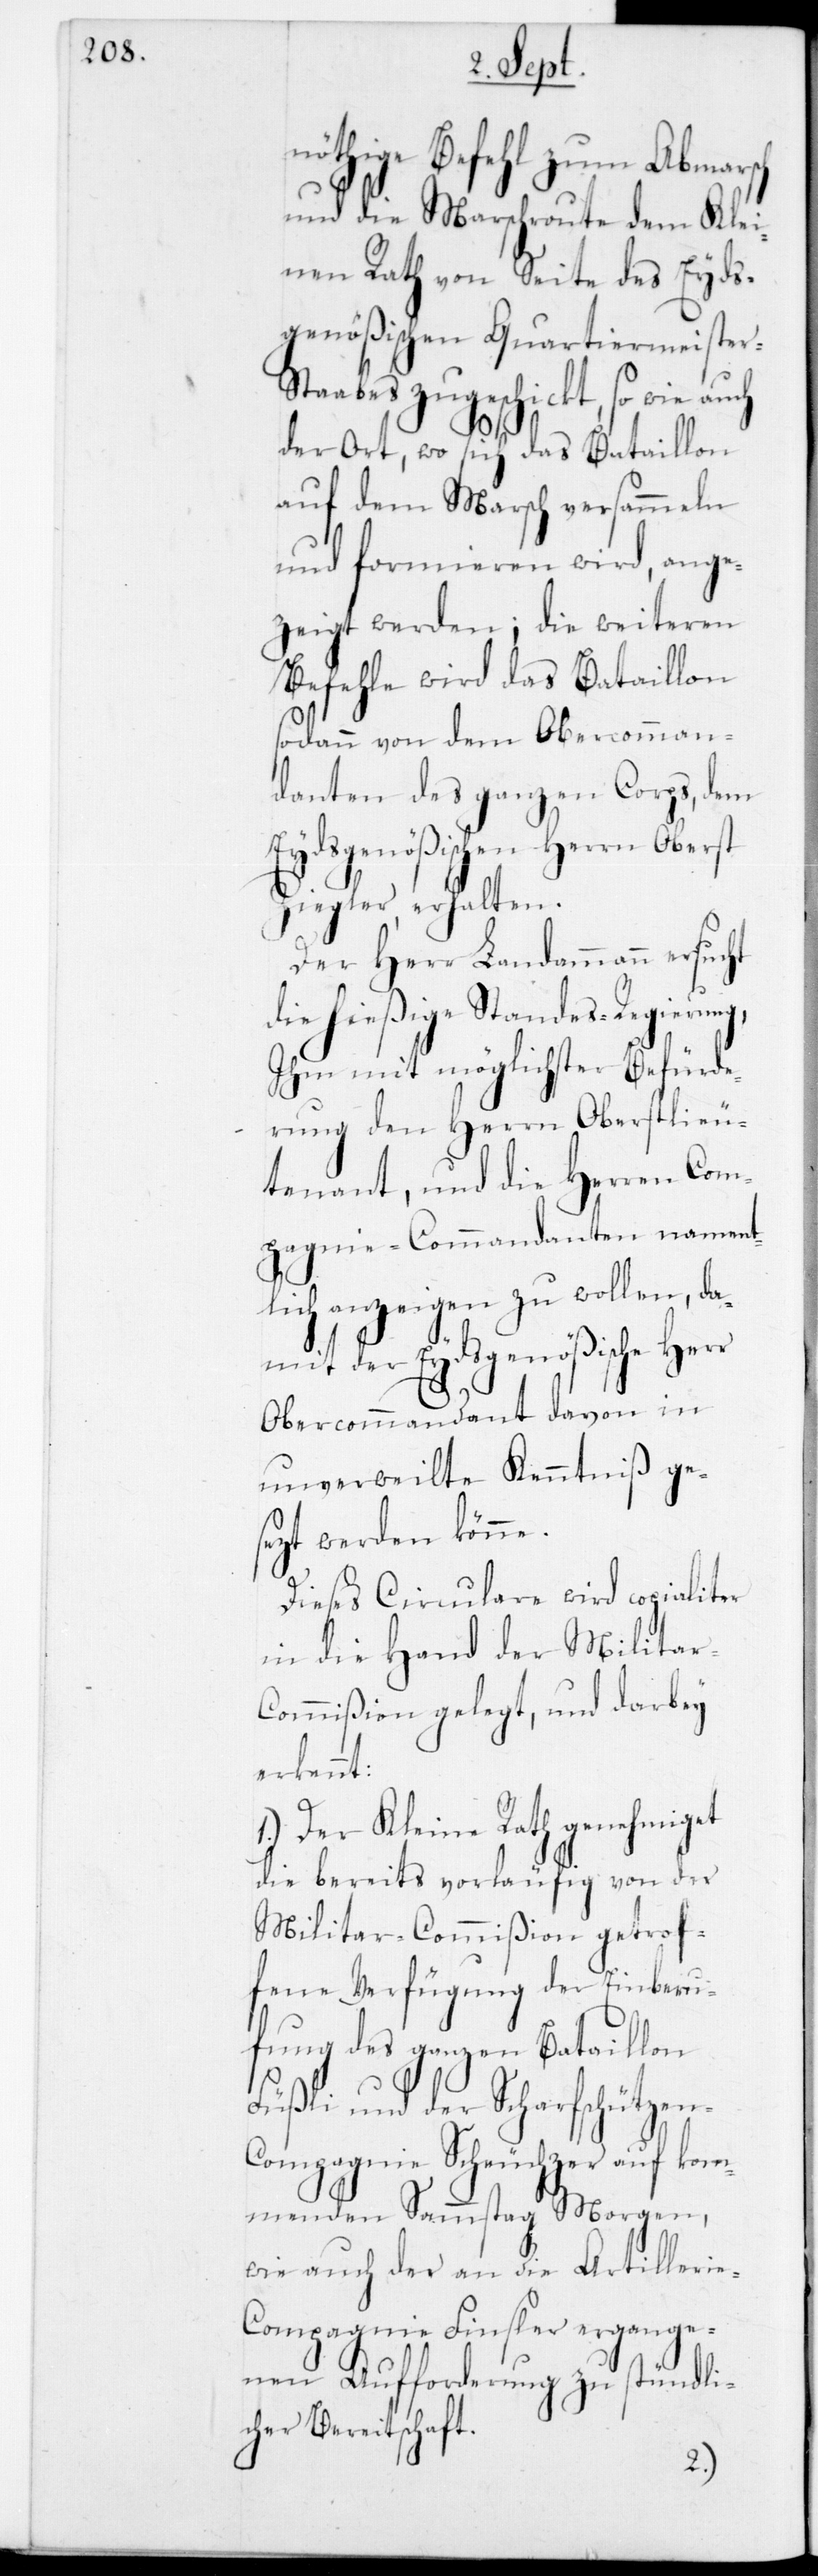
r-Sta¬
nöthige Befehl zum Abmarsch
und die Marschroute dem Klei¬
nen Rath von Seite des Eyds¬
genößischen Quartiermeiste¬
abes zugeschickt, so wie
der Ort, wo sich das Bataillon
auf dem Marsch versammeln
und formieren wird, ange¬
zeigt werden; die weiteren
Befehle wird das Bataillon
sodann von dem Obercomman¬
danten des ganzen Corps, dem
Eydsgenößischen Herrn Oberst
Ziegler, erhalten.
Der Herr Landammann ersucht
die hießigeStandesregierung,
Ihm mit möglichster Befürde¬
rung den Herrn Oberstlieu¬
tenant, und die Herren Com¬
pagnie-Commandanten nament¬
lich anzeigen zu wollen, da¬
mit der Eydsgenößische Herr
Obercommandant davon in
unverweilte Kenntniß ge¬
sezt werden könne.
Dieses Circulare wird copialiter
in die Hand der Militar-C¬
ommißion gelegt, und darbey
erkennt:
1.) Der Kleine Rath genehmiget
die bereits vorläufig von der
Militar-Commißion getrof¬
fene Verfügung der Einberu¬
fung des ganzen Bataillon
Füßli und der Scharfschützen-C¬
ompagnie Scheuchzer auf kom¬
menden Sammstag Morgen,
wie auch der an die Artilleri¬
e-Compagnie Finsler ergange¬
nen Aufforderung zu stündli¬
cher Bereitschaft.